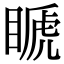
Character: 𥉘